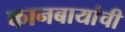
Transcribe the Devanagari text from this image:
कानबायांची